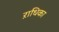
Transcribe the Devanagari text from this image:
ऱाधिका